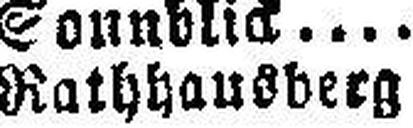
Rathhausberg